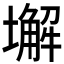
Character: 𱘆